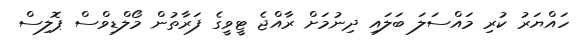
ހައްޔަރު ކުރި މައްސަލަ ބަލައި ދިނުމަށް ރާއްޖެ ޓީވީގެ ފަރާތުން މޯލްޑިވްސް ޕޮލިސް